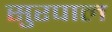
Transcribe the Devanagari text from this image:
सुरपाल